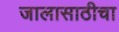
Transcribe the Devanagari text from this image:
जालासाठीचा